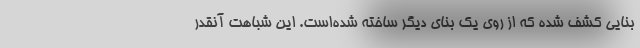
بنایی کشف شده که از روی یک بنای دیگر ساخته شده‌است. این شباهت آنقدر